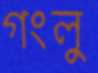
গংলু